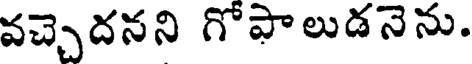
వచ్చెదనని గోపాలుడనెను.